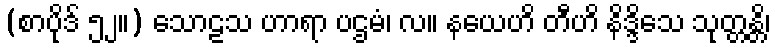
(စာပိုဒ် ၅၂။) သောဠသ ဟာရာ ပဌမံ၊ လ။ နယေဟိ တီဟိ နိဒ္ဒိသေ သုတ္တန္တိ၊